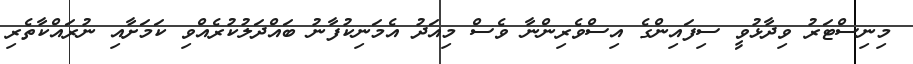
މިނިސްޓަރު ވިދާޅުވީ ސިފައިންގެ އިސްވެރިންނާ ވެސް މިއަދު އެމަނިކުފާނު ބައްދަލުކުރެއްވި ކަމަށާއި ނުރައްކާތެރި